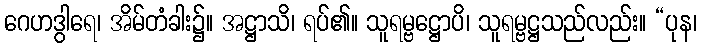
ဂေဟဒွါရေ၊ အိမ်တံခါး၌။ အဋ္ဌာသိ၊ ရပ်၏။ သူရမ္ဗဋ္ဌောပိ၊ သူရမ္ဗဋ္ဌသည်လည်း။ “ပုန၊